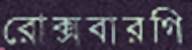
রোক্সবারগি